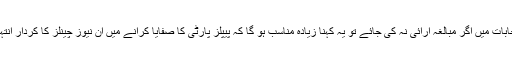
گزشتہ انتخابات میں اگر مبالغہ آرائی نہ کی جائے تو یہ کہنا زیادہ مناسب ہو گا کہ پیپلز پارٹی کا صفایا کرانے میں ان نیوز چینلز کا کردار انتہائی اہم تھا۔